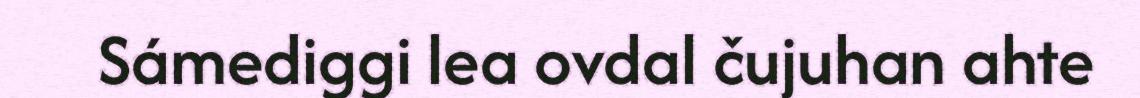
Sámediggi lea ovdal čujuhan ahte